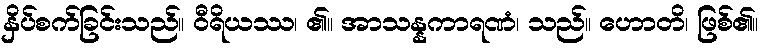
နှိပ်စက်ခြင်းသည်။ ဝီရိယဿ၊ ၏။ အာသန္နကာရဏံ၊ သည်။ ဟောတိ၊ ဖြစ်၏။